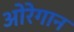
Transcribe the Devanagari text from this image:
ओरेगान